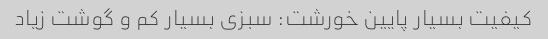
کیفیت بسیار پایین خورشت: سبزی بسیار کم و گوشت زیاد